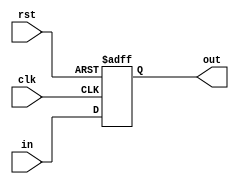
`timescale 1ps/1ps
module counter (rst, clk, in, out);
   input rst,clk;
   input[3:0]in;
   output[3:0]out;
   reg[3:0]out;

   always @ (negedge rst or posedge clk) begin
      if(rst == 0) begin
         out <= 4'b0000;
      end
      else begin
         out <= in;
      end
   end

endmodule